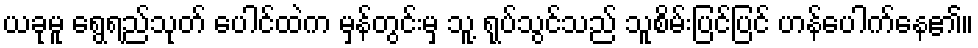
ယခုမူ ရွေရည်သုတ် ပေါင်ထဲက မှန်တွင်းမှ သူ့ ရုပ်သွင်သည် သူစိမ်းပြင်ပြင် ဟန်ပေါက်နေ၏။